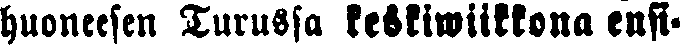
huoneesen Turussa keskiwiikkona enfi-